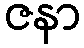
ဇနာ